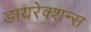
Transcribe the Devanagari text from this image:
डायरेक्शन्स